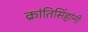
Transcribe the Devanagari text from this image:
क्रांतिसिंहांनी